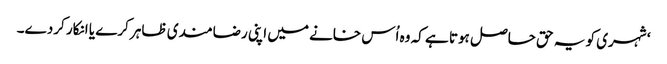
‘ شہری کو یہ حق حاصل ہوتا ہے کہ وہ اُس خانے میں اپنی رضامندی ظاہر کرے یا انکار کردے۔